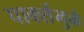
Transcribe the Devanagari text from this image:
पार्क्समुळे